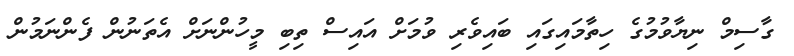
ގާސިމް ނިޔާވުމުގެ ހިތާމައިގައި ބައިވެރި ވުމަށް އައިސް ތިބި މީހުންނަށް އެތަނުން ފެންނަމުން